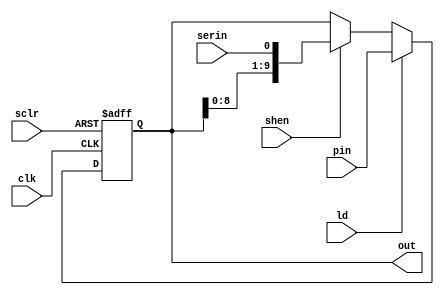
module ShiftReg10(clk, sclr, ld, shen, serin, pin, out);
	input clk, sclr, ld, shen, serin;
	input [9:0] pin;
	output [9:0] out;
	reg [9:0] out = 10'b00_0000_0000;
	
    always @(posedge clk, posedge sclr) begin
        if (sclr)
            out <= 10'b0;
        else begin
            if (ld)
                out <= pin;
            else if (shen)
				out <= {out[8:0], serin};
        end
    end
endmodule